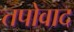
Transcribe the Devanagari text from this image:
तपोवाद